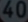
400